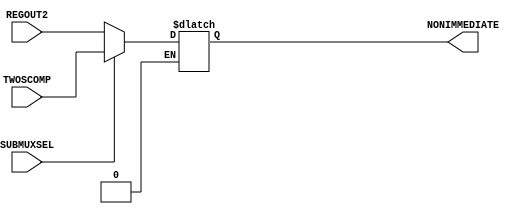
// Computer Architecture (CO224) - Lab 05
// Design: Multiplexer for subtraction of Simple Processor
`timescale 1ns/100ps
module mux_subtract(SUBMUXSEL, REGOUT2, TWOSCOMP, NONIMMEDIATE);

     input SUBMUXSEL;                  //initialize inputs
     input [7:0]REGOUT2, TWOSCOMP;
     output [7:0]NONIMMEDIATE;         //initialize outputs

     reg [7:0]NONIMMEDIATE;            //this is named as this because this is the non immediate value to the next multiplexer

     always @ (*)
     begin
         if(SUBMUXSEL == 1)
         begin
		NONIMMEDIATE = TWOSCOMP;//if it is a subtraction then operate 2's complement
         end
         else if(SUBMUXSEL == 0)
         begin
		NONIMMEDIATE = REGOUT2;//if not give the original value
         end
     end
endmodule